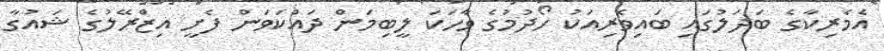
އެމެރިކާގެ ބަދަލުގައި ބައިވެރިއަކު ހޯދުމުގެ ވާހަކަ ލީބިމަން ދައްކަވަން ފެށީ އިޒްރޭލުގެ ޝައުގާ